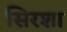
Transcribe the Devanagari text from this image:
सिरशा